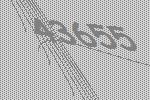
43655